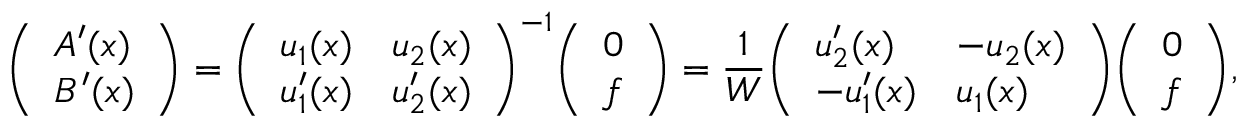
{ \left( \begin{array} { l } { A ^ { \prime } ( x ) } \\ { B ^ { \prime } ( x ) } \end{array} \right) } = { \left( \begin{array} { l l } { u _ { 1 } ( x ) } & { u _ { 2 } ( x ) } \\ { u _ { 1 } ^ { \prime } ( x ) } & { u _ { 2 } ^ { \prime } ( x ) } \end{array} \right) } ^ { - 1 } { \left( \begin{array} { l } { 0 } \\ { f } \end{array} \right) } = { \frac { 1 } { W } } { \left( \begin{array} { l l } { u _ { 2 } ^ { \prime } ( x ) } & { - u _ { 2 } ( x ) } \\ { - u _ { 1 } ^ { \prime } ( x ) } & { u _ { 1 } ( x ) } \end{array} \right) } { \left( \begin{array} { l } { 0 } \\ { f } \end{array} \right) } ,